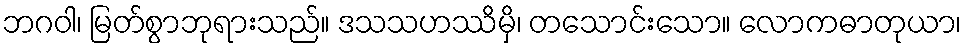
ဘဂဝါ၊ မြတ်စွာဘုရားသည်။ ဒသသဟဿိမှိ၊ တသောင်းသော။ လောကဓာတုယာ၊